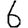
Digit: 6